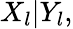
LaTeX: \begin{array}{r}{X_{l}|Y_{l},}\end{array}